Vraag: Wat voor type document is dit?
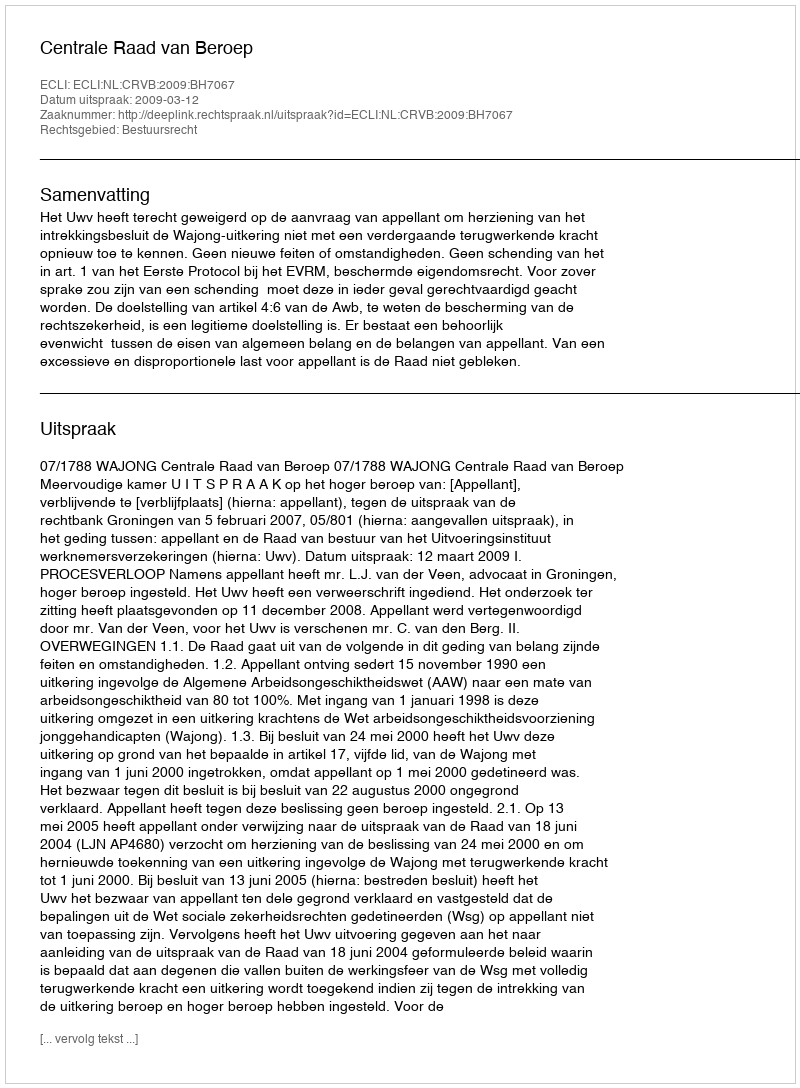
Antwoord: Uitspraak